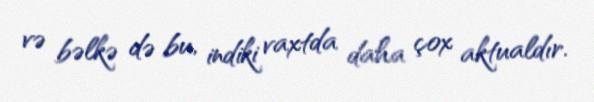
və bəlkə də bu, indiki vaxtda daha çox aktualdır.